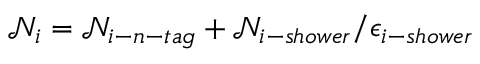
\mathcal { N } _ { i } = \mathcal { N } _ { i - n - t a g } + \mathcal { N } _ { i - s h o w e r } / \epsilon _ { i - s h o w e r }